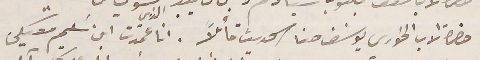
حضرة الاب الخوري يوسَف حنا الحديث قائلًا. انا الذي عمدت ابن سَليم معيكى